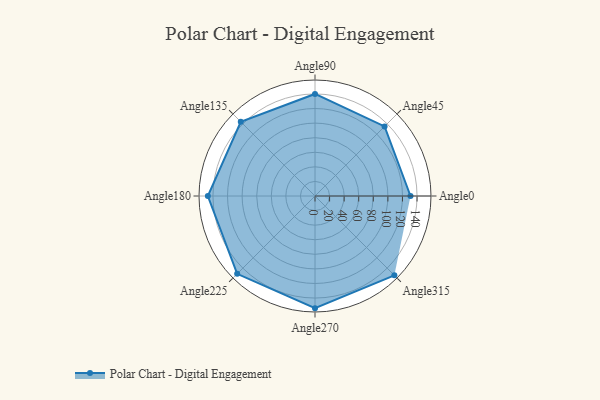
{"axis": {"x": "Angle", "y": "Radius"}, "legend": [""], "data": [{"x": "Angle0", "y": 131.0, "type": ""}, {"x": "Angle45", "y": 135.0, "type": ""}, {"x": "Angle90", "y": 140.0, "type": ""}, {"x": "Angle135", "y": 144.0, "type": ""}, {"x": "Angle180", "y": 147.0, "type": ""}, {"x": "Angle225", "y": 151.0, "type": ""}, {"x": "Angle270", "y": 154.0, "type": ""}, {"x": "Angle315", "y": 154.0, "type": ""}]}